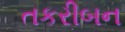
તકરીબન